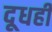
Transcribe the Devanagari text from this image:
दूधही